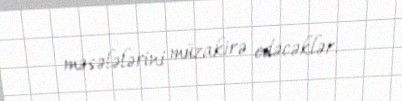
məsələlərini müzakirə edəcəklər.